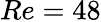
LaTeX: Re=48